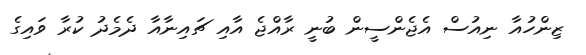
ޒިންހުއާ ނިއުސް އެޖެންސީން ބުނީ ރާއްޖެ އާއި ޗައިނާއާ ދެމެދު ކުރާ ވައިގެ